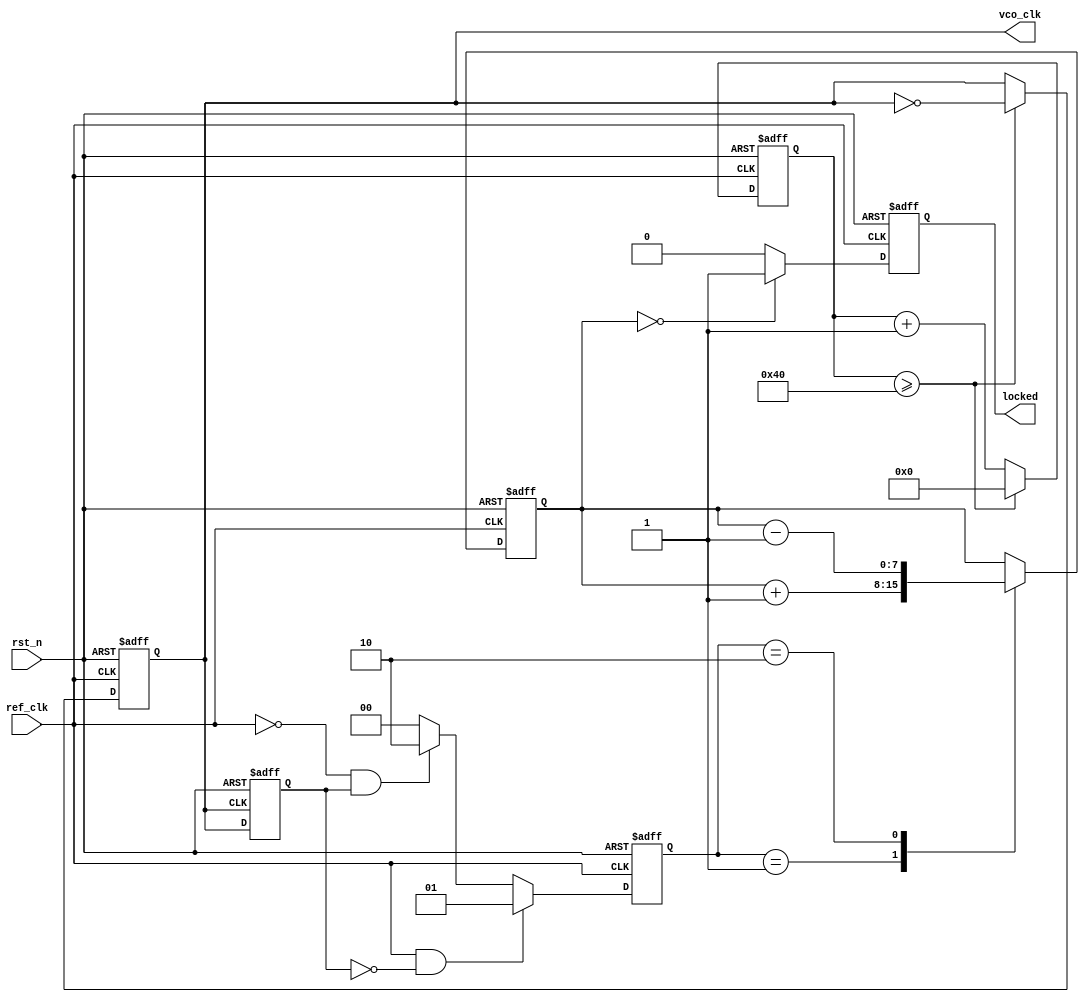
module PLL (
    input wire ref_clk,          // Input reference clock
    input wire rst_n,           // Active low reset
    output reg vco_clk,         // Output VCO clock
    output wire locked          // Lock status output
);

    // Parameters
    parameter integer VCO_MULTIPLIER = 4; // VCO frequency multiplier
    parameter integer LOOP_FILTER_GAIN = 1; // Loop filter gain

    // Internal signals
    reg [1:0] phase_detector;   // Phase detector output
    reg [7:0] control_voltage;   // Control voltage for VCO
    reg [7:0] vco_counter;       // VCO counter
    reg feedback_clk;            // Feedback clock signal
    reg [7:0] loop_filter;       // Loop filter output
    reg is_locked;               // Lock status

    // Phase Frequency Detector (PFD)
    always @(posedge ref_clk or negedge rst_n) begin
        if (!rst_n) begin
            phase_detector <= 2'b00;
        end else begin
            // Simple PFD logic (leading/lagging detection)
            if (ref_clk && !feedback_clk) begin
                phase_detector <= 2'b01; // Reference clock leads
            end else if (!ref_clk && feedback_clk) begin
                phase_detector <= 2'b10; // Feedback clock leads
            end else begin
                phase_detector <= 2'b00; // No change
            end
        end
    end

    // Charge Pump
    always @(posedge ref_clk or negedge rst_n) begin
        if (!rst_n) begin
            control_voltage <= 8'b0;
        end else begin
            case (phase_detector)
                2'b01: control_voltage <= control_voltage + LOOP_FILTER_GAIN; // Reference leads
                2'b10: control_voltage <= control_voltage - LOOP_FILTER_GAIN; // Feedback leads
                default: control_voltage <= control_voltage; // No change
            endcase
        end
    end

    // Loop Filter (Simple integrator)
    always @(posedge ref_clk or negedge rst_n) begin
        if (!rst_n) begin
            loop_filter <= 8'b0;
        end else begin
            loop_filter <= control_voltage; // Directly using control voltage for simplicity
        end
    end

    // Voltage-Controlled Oscillator (VCO)
    always @(posedge ref_clk or negedge rst_n) begin
        if (!rst_n) begin
            vco_counter <= 8'b0;
            vco_clk <= 1'b0;
        end else begin
            vco_counter <= vco_counter + 1;
            if (vco_counter >= (256 / VCO_MULTIPLIER)) begin
                vco_clk <= ~vco_clk; // Toggle VCO clock
                vco_counter <= 8'b0;
            end
        end
    end

    // Feedback Path
    always @(posedge vco_clk or negedge rst_n) begin
        if (!rst_n) begin
            feedback_clk <= 1'b0;
        end else begin
            feedback_clk <= vco_clk; // Direct feedback for simplicity
        end
    end

    // Lock detection logic
    always @(posedge ref_clk or negedge rst_n) begin
        if (!rst_n) begin
            is_locked <= 1'b0;
        end else begin
            // Simple locking condition (can be improved)
            if (control_voltage == 8'b0) begin
                is_locked <= 1'b1; // Locked condition
            end else begin
                is_locked <= 1'b0; // Not locked
            end
        end
    end

    assign locked = is_locked; // Lock status output

endmodule